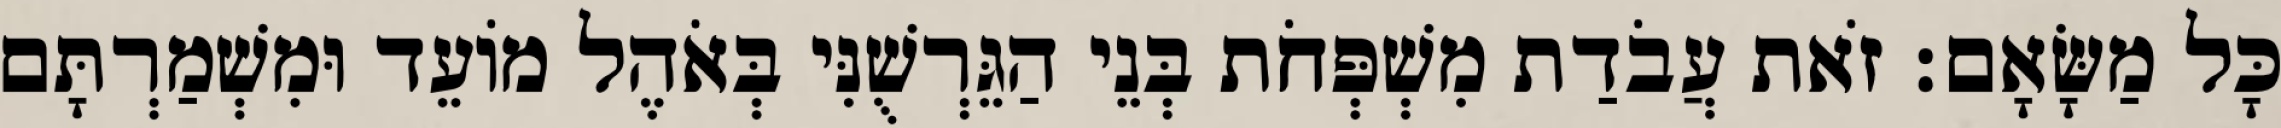
כָּל מַשָּׂאָם׃ זֹאת עֲבֹדַת מִשְׁפְּחֹת בְּנֵי הַגֵּרְשֻׁנִּי בְּאֹהֶל מוֹעֵד וּמִשְׁמַרְתָּם